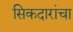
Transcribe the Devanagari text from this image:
सिकदारांचा